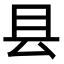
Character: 县